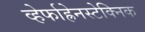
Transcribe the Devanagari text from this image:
व्हेर्फाह्रेनस्टेक्निक